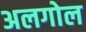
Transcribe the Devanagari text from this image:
अलगोल